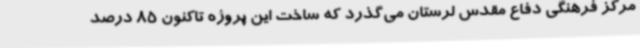
مرکز فرهنگی دفاع مقدس لرستان می‌گذرد که ساخت این پروژه تاکنون 85 درصد